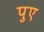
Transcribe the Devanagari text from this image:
पुए